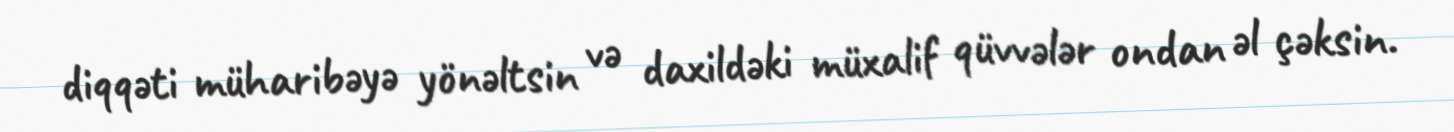
diqqəti müharibəyə yönəltsin və daxildəki müxalif qüvvələr ondan əl çəksin.